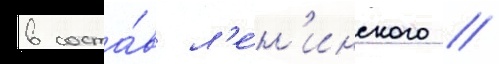
в соста́в л'е́н'инского //